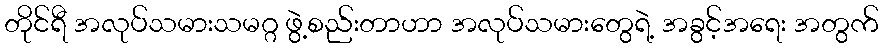
တိုင်ရီ အလုပ်သမားသမဂ္ဂ ဖွဲ့စည်းတာဟာ အလုပ်သမားတွေရဲ့ အခွင့်အရေး အတွက်